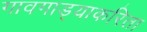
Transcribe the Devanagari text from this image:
गावगाड्याकरिता